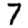
Digit: 7